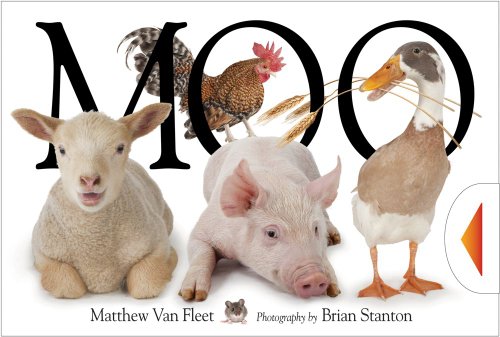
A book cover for Moo; Matthew Van Fleet; Children's Books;